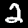
Label: 2